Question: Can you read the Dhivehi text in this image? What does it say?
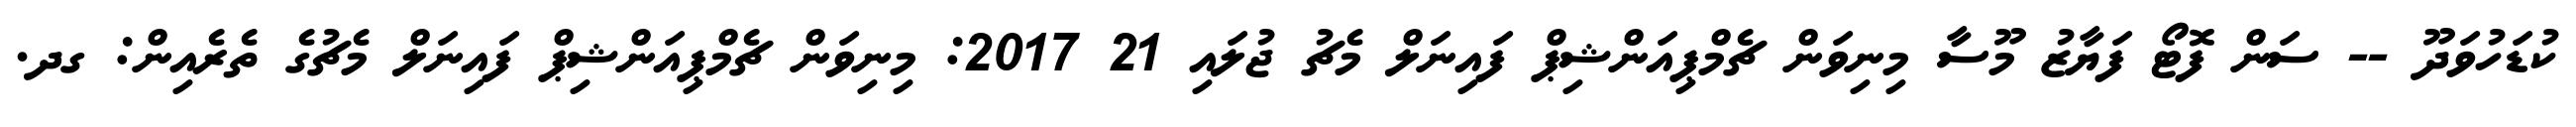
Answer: ކުޑަހުވަދޫ -- ސަން ފޮޓޯ ފަޔާޒު މޫސާ މިނިވަން ޗެމްޕިއަންޝިޕް ފައިނަލް މެޗު ޖުލައި 21 2017: މިނިވަން ޗެމްޕިއަންޝިޕް ފައިނަލް މެޗުގެ ތެރެއިން: ގދ.